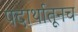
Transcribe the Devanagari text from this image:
पदार्थातूनच